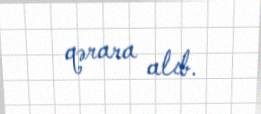
qərara alıb.